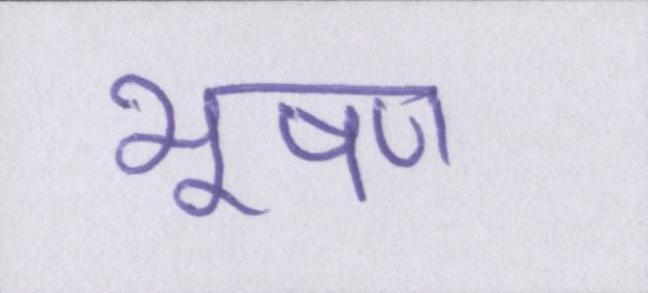
भूषण